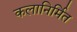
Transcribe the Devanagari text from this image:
कलानिर्मित